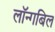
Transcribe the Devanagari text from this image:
लॉन्गबिल